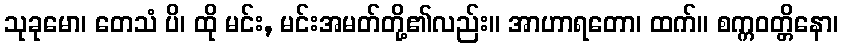
သုခုမော၊ တေသံ ပိ၊ ထို မင်း, မင်းအမတ်တို့၏လည်း။ အာဟာရတော၊ ထက်။ စက္ကဝတ္တိနော၊